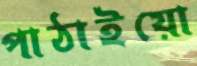
পাঠাইয়ো